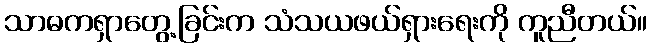
သာဓကရှာတွေ့ခြင်းက သံသယဖယ်ရှားရေးကို ကူညီတယ်။